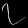
Digit: ၇